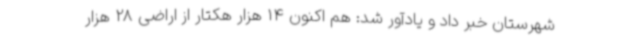
شهرستان خبر داد و یادآور شد: هم اکنون 14 هزار هکتار از اراضی 28 هزار